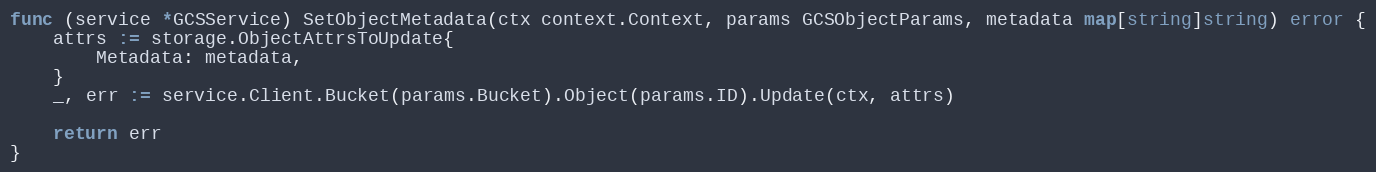
Language: Go
func (service *GCSService) SetObjectMetadata(ctx context.Context, params GCSObjectParams, metadata map[string]string) error {
	attrs := storage.ObjectAttrsToUpdate{
		Metadata: metadata,
	}
	_, err := service.Client.Bucket(params.Bucket).Object(params.ID).Update(ctx, attrs)

	return err
}